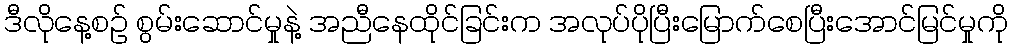
ဒီလိုနေ့စဉ် စွမ်းဆောင်မှုနဲ့ အညီနေထိုင်ခြင်းက အလုပ်ပိုပြီးမြောက်စေပြီးအောင်မြင်မှုကို